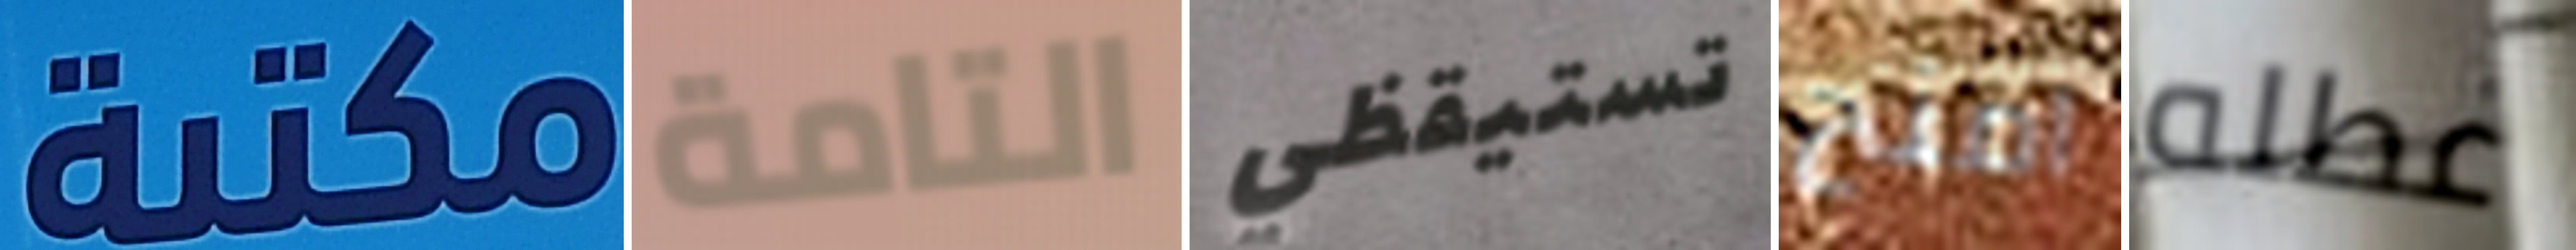
مكتبة التامة تستيقظي امنح عطله